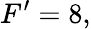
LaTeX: F^{\prime}=8,